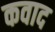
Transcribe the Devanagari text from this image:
कवाद